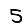
Digit: 5